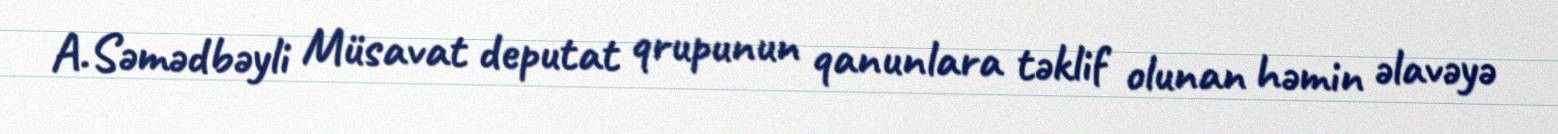
A.Səmədbəyli Müsavat deputat qrupunun qanunlara təklif olunan həmin əlavəyə